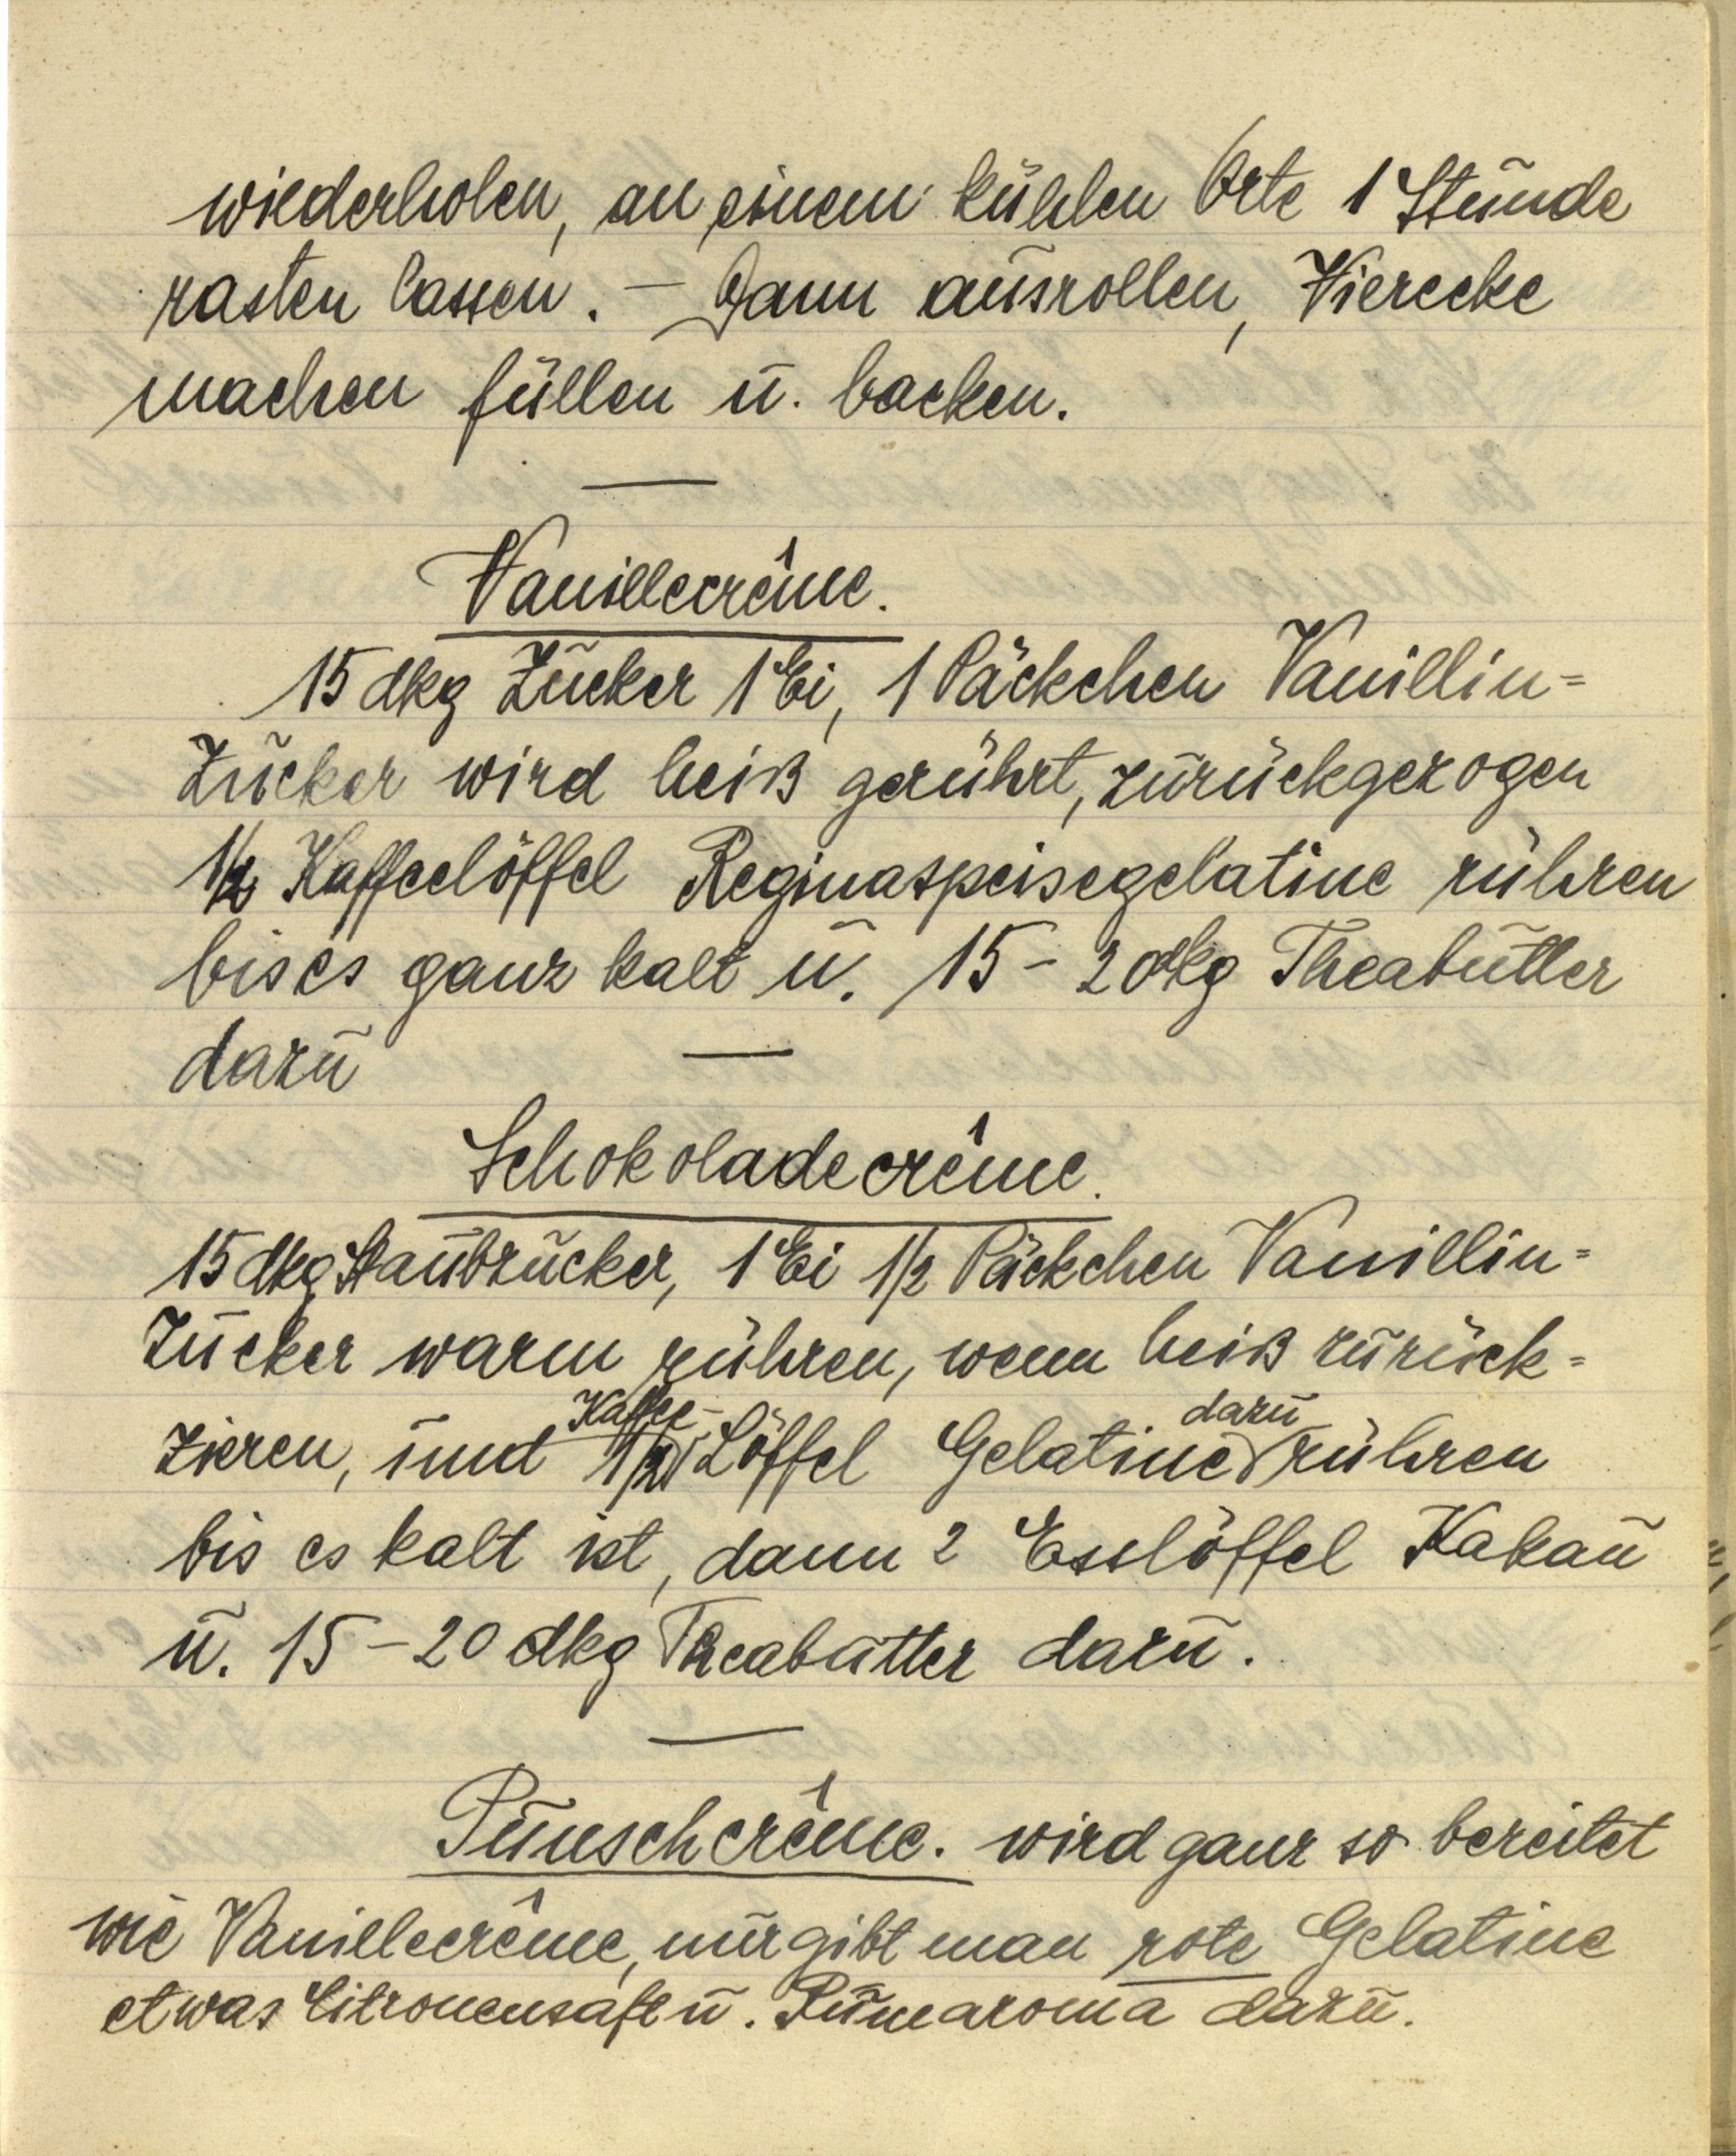
wiederholen, an einem kühlem Orte 1 Stunde
rasten lassen. — Dann ausrollen, Vierecke
machen füllen u. backen.

Vanillecrême.
15 dkg Zucker 1 Ei, 1 Päckchen Vanillin¬
Zucker wird heiß gerührt, zurückgezogen
½ Kaffeelöffel Reginaspeisegelatine rühren
bis es ganz kalt u. 15-20 dkg Theabutter
dazu

Schokoladecrême.
15 dkg Staubzucker, 1 Ei ½ Päckchen Vanillin¬
Zucker warm rühren, wenn heiß zurück¬
Kaffee- dazu
zieren, und ½ Löffel Gelatine rühren
bis es kalt ist, dann 2 Esslöffel Kakau
u. 15-20 dkg Theabutter dazu.

Punschcrême. wird ganz so bereitet
wie Vanillecrême, nur gibt man rote Gelatine
etwas Citronensaft u. Rumaroma dazu.